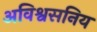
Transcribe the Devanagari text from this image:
अविश्वसनिय